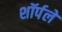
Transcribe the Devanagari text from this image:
शॉर्पले